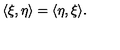
\langle \xi , \eta \rangle = \langle \eta , \xi \rangle .